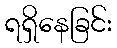
ရရှိနေခြင်း